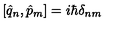
[ \hat { q } _ { n } , \hat { p } _ { m } ] = i \hbar \delta _ { n m }